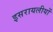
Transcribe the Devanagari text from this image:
इसरायलीयों